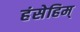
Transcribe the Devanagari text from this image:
हंसेहिम्‌